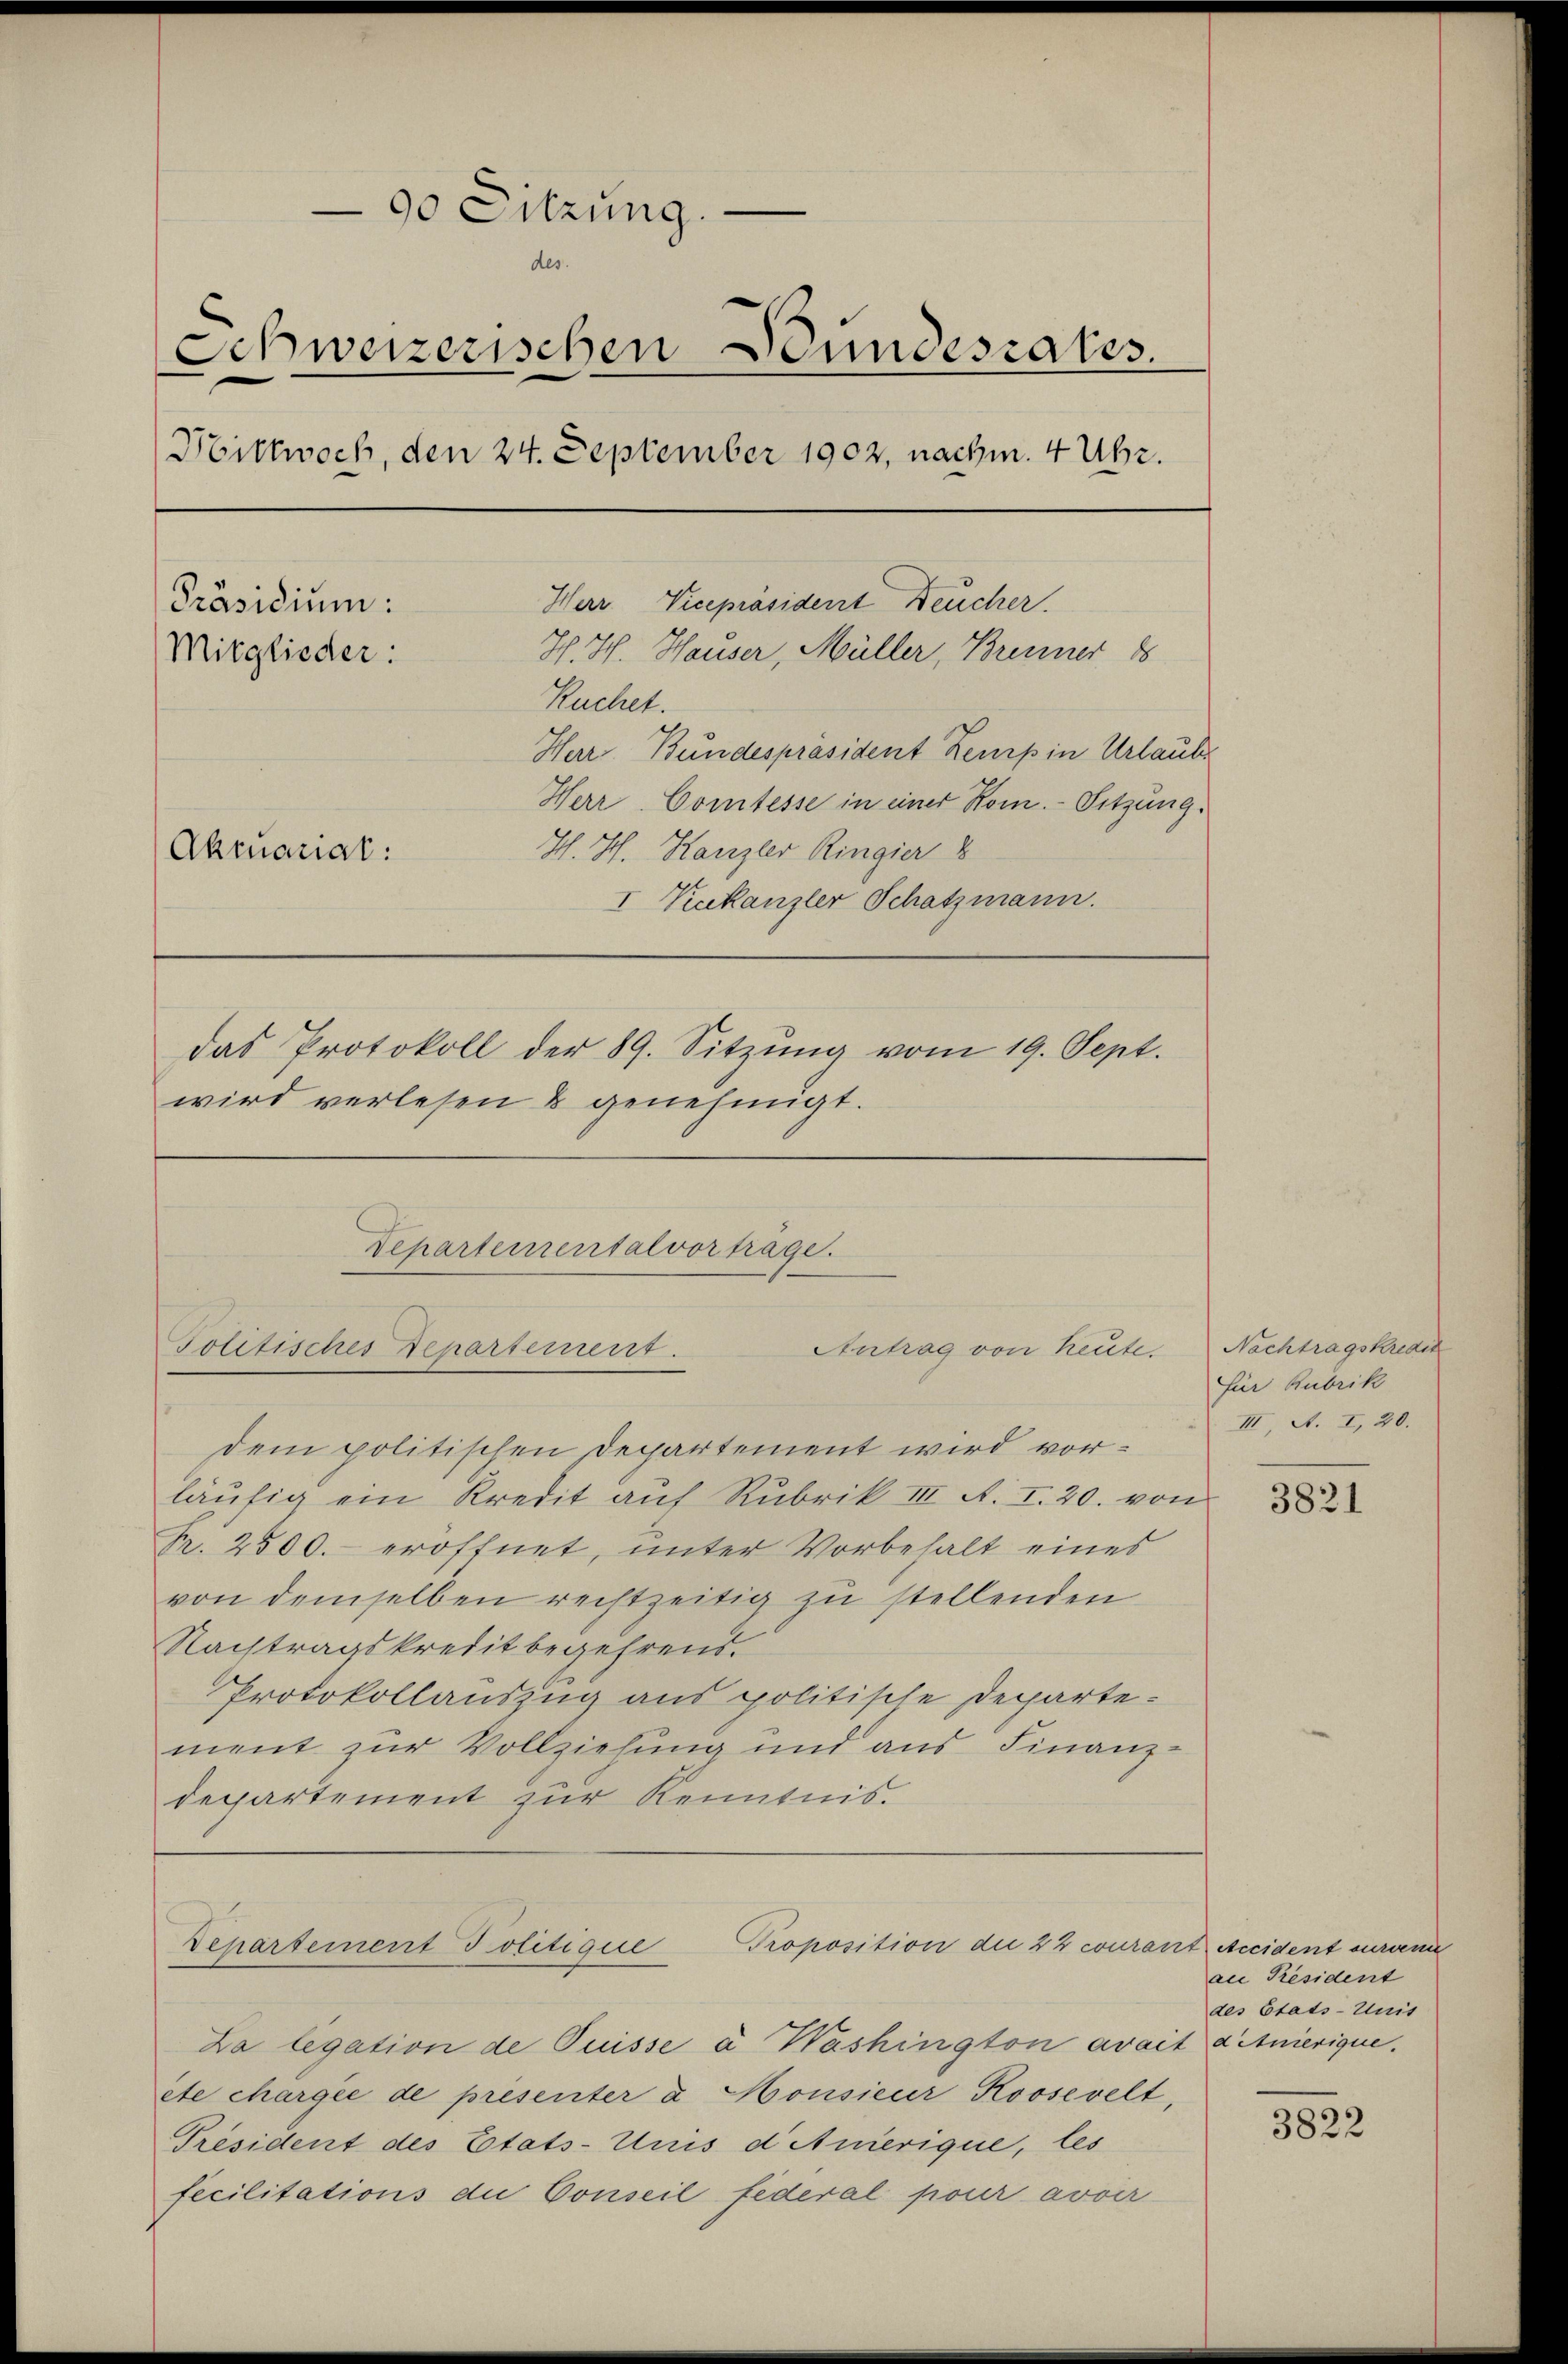
90 Sitzung.
des.
Schweizerischen Stundesrates.
Hittwoch, den 24. September 1902, nachm. 4 Uhr.
Herr Vicepräsident Feucher.
Präsidium:
H. H. Hauser, Müller, Brenner 88
Mitglieder:
Kuchet.
Herr Bundespräsident Kemp in Urlaube
Herr. Comtesse in einer Rom. Sitzung.
H. H. Kanzler Ringier 8
Akmariat:
I Kakanzler Schatzmann.
das Protokoll der 89. Sitzŭng vom 19. Sept.
wird verlesen & genehmigt.

Departemental vortrage.
Antrag von heute.
Politisches Departement.

dem politischen Departement wird vorläufig ein Kredit auf Rubrik III A. I. 20. von
Pr. 2500.- eröffnet, unter Vorbehalt eines
von demselben rechtzeitig zu stellenden
Nachtragskredit begehrens.
Protokollauszug aus politische Departe
ment zur Vollziehung und aus Finanzdepartement zur Kenntnis.

Departement Politique Proposition die 22 courant Accident eureme

Da legation de Puisse à Washington avait ditnierique.
ete chargée de présenter a Monsieur Roosevelt
Président des Etats-Unis d Amerique, les
fecilitations die Conseil federal pour avoir

Nachtragskredit
Für Rubrik
III, A. I, 20.

3821

au Président
des Etats-Unis

3822